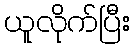
ယူလိုက်ပြီး